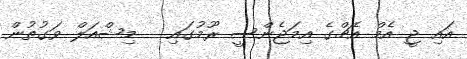
އައި ޖީ އެމް އެޗްގެ އިމަޖެންސީ ރޫމުގައި   މިޝްއަލް ވަގުތުން